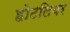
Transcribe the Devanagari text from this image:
होटलियर